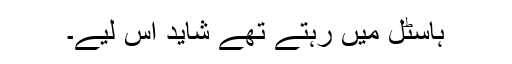
ہاسٹل میں رہتے تھے شاید اس لیے۔